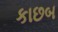
કાછબ